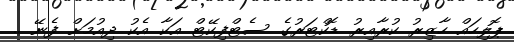
ޕޮލިހައް ހާޒިރު ކުރާއިރު ޑޮކްޓަރުގެ ސެޓްފިކޭޓް އަކާ އެކު ދިއުމަށް ފެނޭ ..